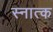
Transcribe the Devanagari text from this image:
स्नात्क